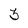
Character: 3